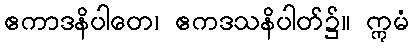
ဧကာဒနိပါတေ၊ ဧကဒသနိပါတ်၌။ ဣမံ